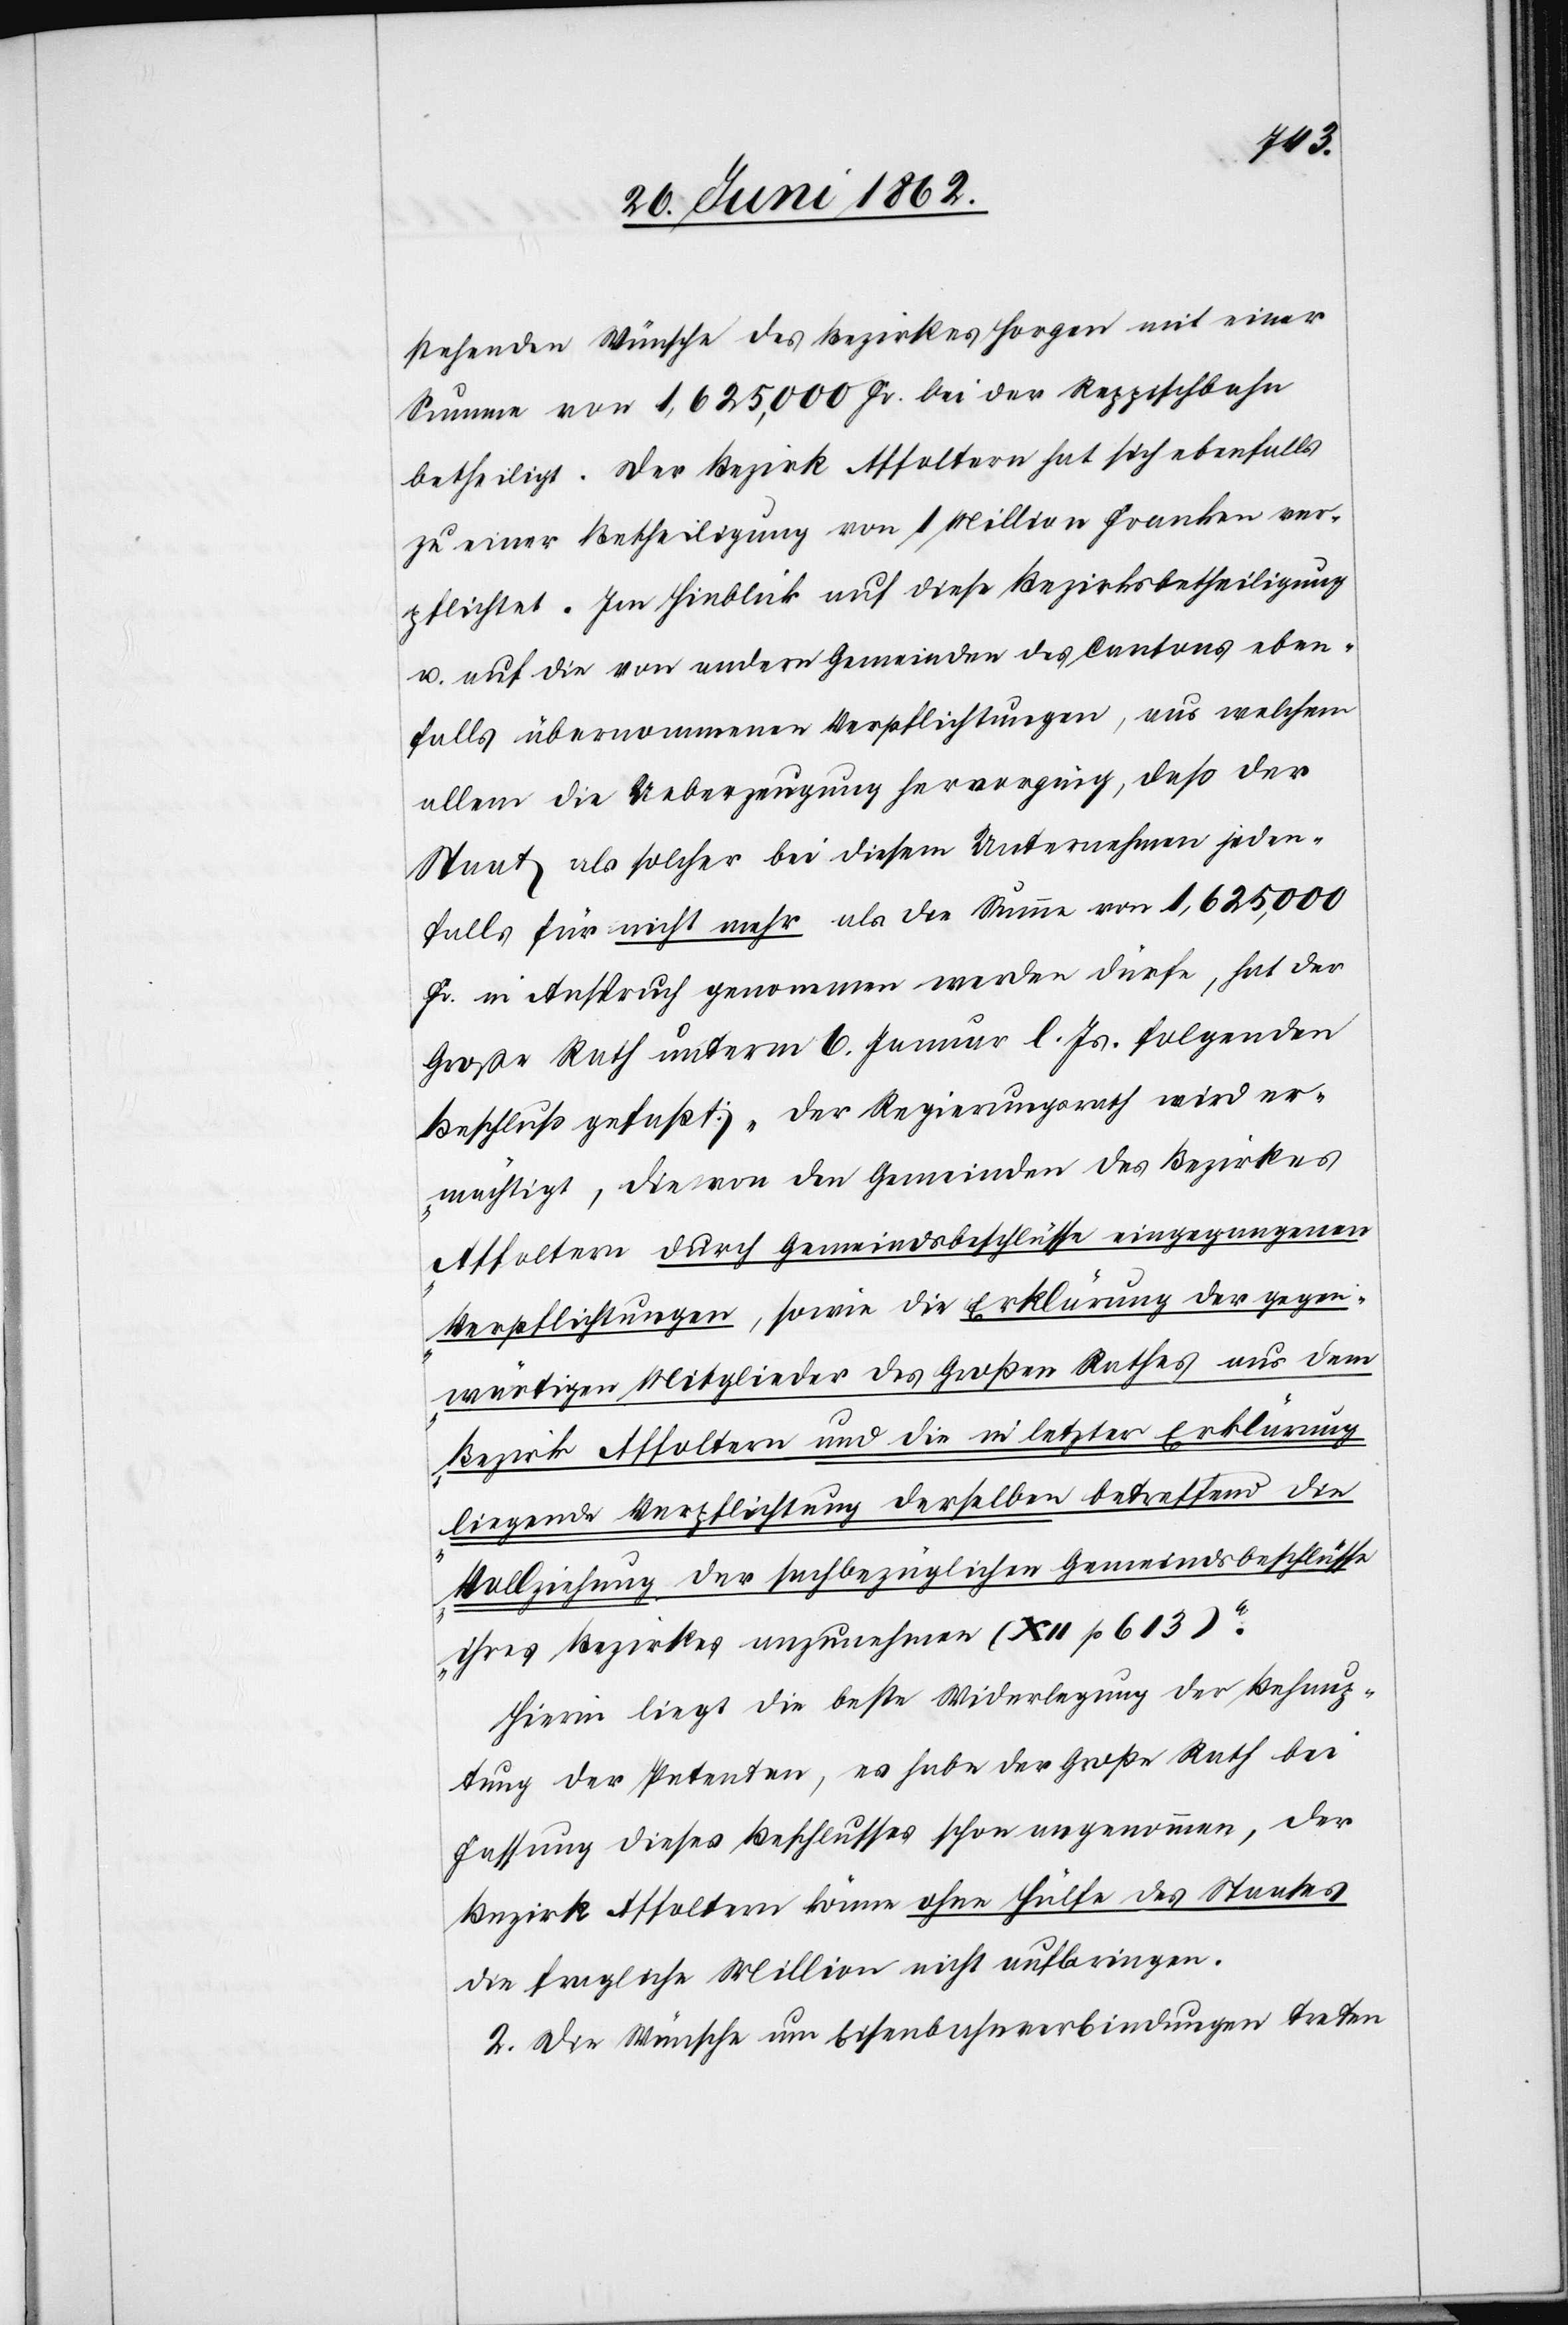
stehenden Wünsche des Bezirkes Horgen mit einer
Summe von 1,625,000 Fr. bei der Reppischbahn
betheiligt. Der Bezirk Affoltern hat sich ebenfalls
zu einer Betheiligung von 1 Million Franken ver¬
pflichtet. Im Hinblick auf diese Bezirksbetheiligung
u. auf die von andern Gemeinden des Cantons eben¬
falls übernommenen Verpflichtungen, aus welchem
allem die Ueberzeugung hervorging, daß der
Staat als solcher bei diesem Unernehmen jeden¬
falls für nicht mehr als die Summe von 1,625,000
Fr. in Anspruch genommen werden dürfe, hat der
Großen Rath unterm 6. Januar l. Js. folgenden
Beschluß gefaßt: „Der Regierungsrath wird er¬
mächtigt, die von den Gemeinden des Bezirkes
Affoltern durch Gemeindsbeschlüsse eingegangenen
Verpflichtungen, sowie die Erklärung der gegen¬
wärtigen Mitglieder des Großen Rathes aus dem
Bezirk Affoltern und die in letzter Erklärung
liegende Verpflichtung derselben betreffend die
Vollziehung der sachbezüglichen Gemeindsbeschlüsse
ihres Bezirkes anzunehmen (XII p. 613).“
Hierin liegt die beste Widerlegung der Behaup¬
tung der Petenten, es habe der Große Rath bei
Fassung dieses Beschlusses schon angenommen, der
Bezirk Affoltern könne ohne Hülfe des Staates
die fragliche Million nicht aufbringen.
2. Die Wünsche um Eisenbahnverbindungen treten